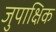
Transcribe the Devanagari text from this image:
जुपाक्षिक